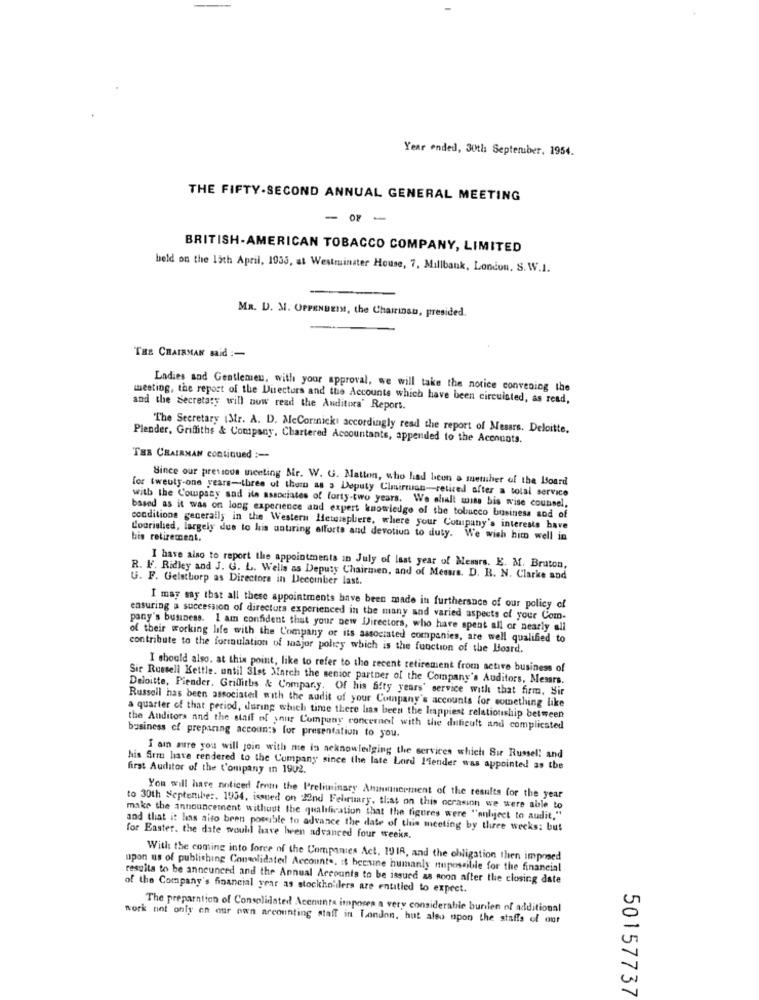
Year ended, 30th September. 1954.
THE FIFTY-SECOND ANNUAL GENERAL MEETING
-- -
BRITISH-AMERICAN TOBACCO COMPANY, LIMITED
beld on the 15th April, 1933, at Westminster House, 7, Millbank, London, S. W.I.
MR. D. M. OPPENBEIM, the Chairinsu, presided.
THE CHAIRMAN said :-
Ladies and Gentlemen, with your approval, we will take the notice convening the
meeting, the report of the Directors and the Accounts which have been circuisted, as read,
and the Secretary will now read the Anditora' Report.
The Secretary (Str. A. D. McCormick accordingly read the report of Mesars. Deloitte.
Piender, Griffiths & Company, Chartered Accountants, appended to the Accounts.
TER CHAIRMAN continued :-
Since our previous meeting Mr. W. G. Matton, who had been a member of the Board
for twenty-one years-three ut thom as a Deputy Clmirman-retired after a total service
with the Company sad ils associates of forty-two years. We shall miss bis wise counsel,
based as it was on long experience and expert knowledge of the tobacco business sod of
conditions generally in the Western Hemisphere, where your Company's interests have
Coorished, largely due to his untiring efforts and devotion to duty. We wish bito well in
bis retirement.
I have also to report the appointments in July of last year of Messrs. K. M. Bruton,
R. V. Ridley and J. G. L. Wells as Deputy Chairmen, and of Messrs. D. R. N. Clarke and
G. F. Gelsthorp as Directors in December last.
I may say that all these appointments have been made in furtherance of our policy of
ensuring a succession of directors experienced in the many and varied aspects of your Com-
pany's business. I am confident that your new Directors, who have spent all or nearly all
of their working life with the Company or its associated companies, are well qualified to
contribute to the formulation of major policy which is the function of the Board.
I should also. at this point, like to refer to the recent retirement from active business of
Sir Russell Kettle. until 31st Match the senior partner of the Company's Auditors, Messrs.
Deloitte, Piender. Griffiths & Company. Of his fifty years' service with that firm, Sir
Russell has been associated with the audit of your Company's accounts for something like
a quarter of that period, during which time there las been the happiest relationship between
the Anditors and the staff of your Company concerned with the dificult and complicated
business of preparing accoun:> for presentation to you.
I am sure you will join with me in acknowledging the services which Sur Russell and
his Stru have rendered to the Company since the late Lord l'lender was appointed as the
first Auditor of the Company in 1902.
You will have noticed fert the Preliminary Amanminerment of the results for the year
to 30th September. 1934, issued on 22nd February, that on this occasion we were able to
make the announcement without the qualification that the figures were "anliject to audit,"
and that it has aito bren possible to advance the date of this meeting by three weeks: but
for Easter. the date would have been advanced four weeks.
With the coming into force of the Companies Act, 19 18, and the obligation then imposed
upon us of publishing Consolidated Account .. it heesine humanly nupossible for the financial
resulta to be announced and the Annual Accounts to be issued as soon after the closing date
of the Company's financial year as stockholilers are entitled to expret.
The preparation of Consolidated! Accounta imporen a very considerable burilen of additional
work not only en our own arcounting staff in London, hut also upon the staffs of our
50157737